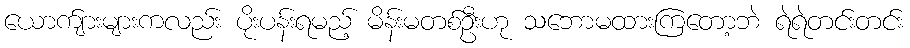
ယောက်ျားများကလည်း ပိုးပန်းရမည့် မိန်းမတစ်ဦးဟု သဘောမထားကြတော့ဘဲ ရဲရဲတင်းတင်း